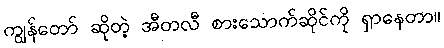
ကျွန်တော် ဆိုတဲ့ အီတလီ စားသောက်ဆိုင်ကို ရှာနေတာ။